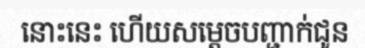
នោះនេះ ហើយសម្តេចបញ្ជាក់ជូន